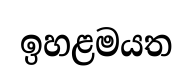
ඉහළමයත